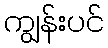
ကျွန်းပင်